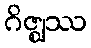
ဂိဇ္ဈဿ